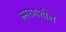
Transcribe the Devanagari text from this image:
स्मरणशील